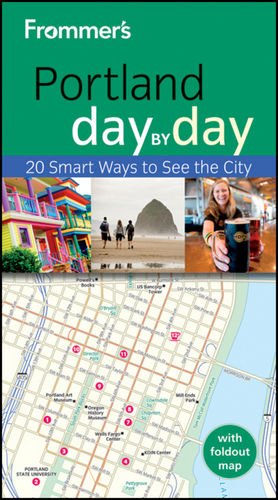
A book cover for Frommer's Portland Day by Day (Frommer's Day by Day - Pocket); Julian Smith; Travel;